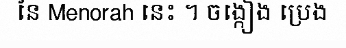
នៃ Menorah នេះ ។ ចង្កៀង ប្រេង